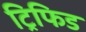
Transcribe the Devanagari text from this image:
ट्रिफिड